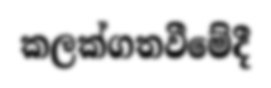
කලක්ගතවීමේදී